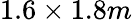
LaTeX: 1.6\times 1.8m